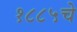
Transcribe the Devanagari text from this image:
१८८५चे